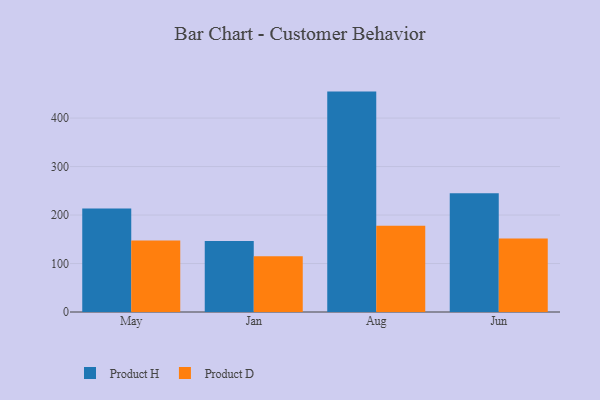
{"axis": {"x": "Month", "y": "Waste Production (Tons)"}, "legend": ["Product D", "Product H"], "data": [{"x": "May", "y": 213.3, "type": "Product H"}, {"x": "May", "y": 147.6, "type": "Product D"}, {"x": "Jan", "y": 146.6, "type": "Product H"}, {"x": "Jan", "y": 115.2, "type": "Product D"}, {"x": "Aug", "y": 454.6, "type": "Product H"}, {"x": "Aug", "y": 177.7, "type": "Product D"}, {"x": "Jun", "y": 244.8, "type": "Product H"}, {"x": "Jun", "y": 151.7, "type": "Product D"}]}